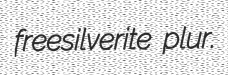
freesilverite plur.